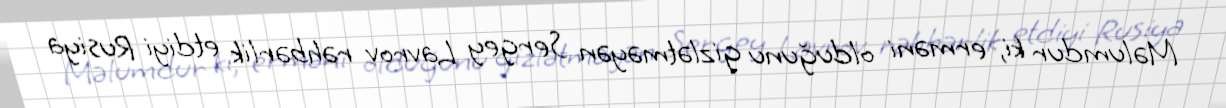
Məlumdur ki, erməni olduğunu gizlətməyən Sergey Lavrov rəhbərlik etdiyi Rusiya